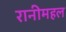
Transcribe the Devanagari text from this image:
रानीमहल